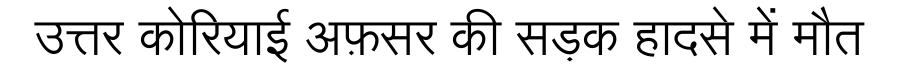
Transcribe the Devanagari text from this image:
उत्तर कोरियाई अफ़सर की सड़क हादसे में मौत